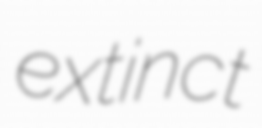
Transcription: extinct